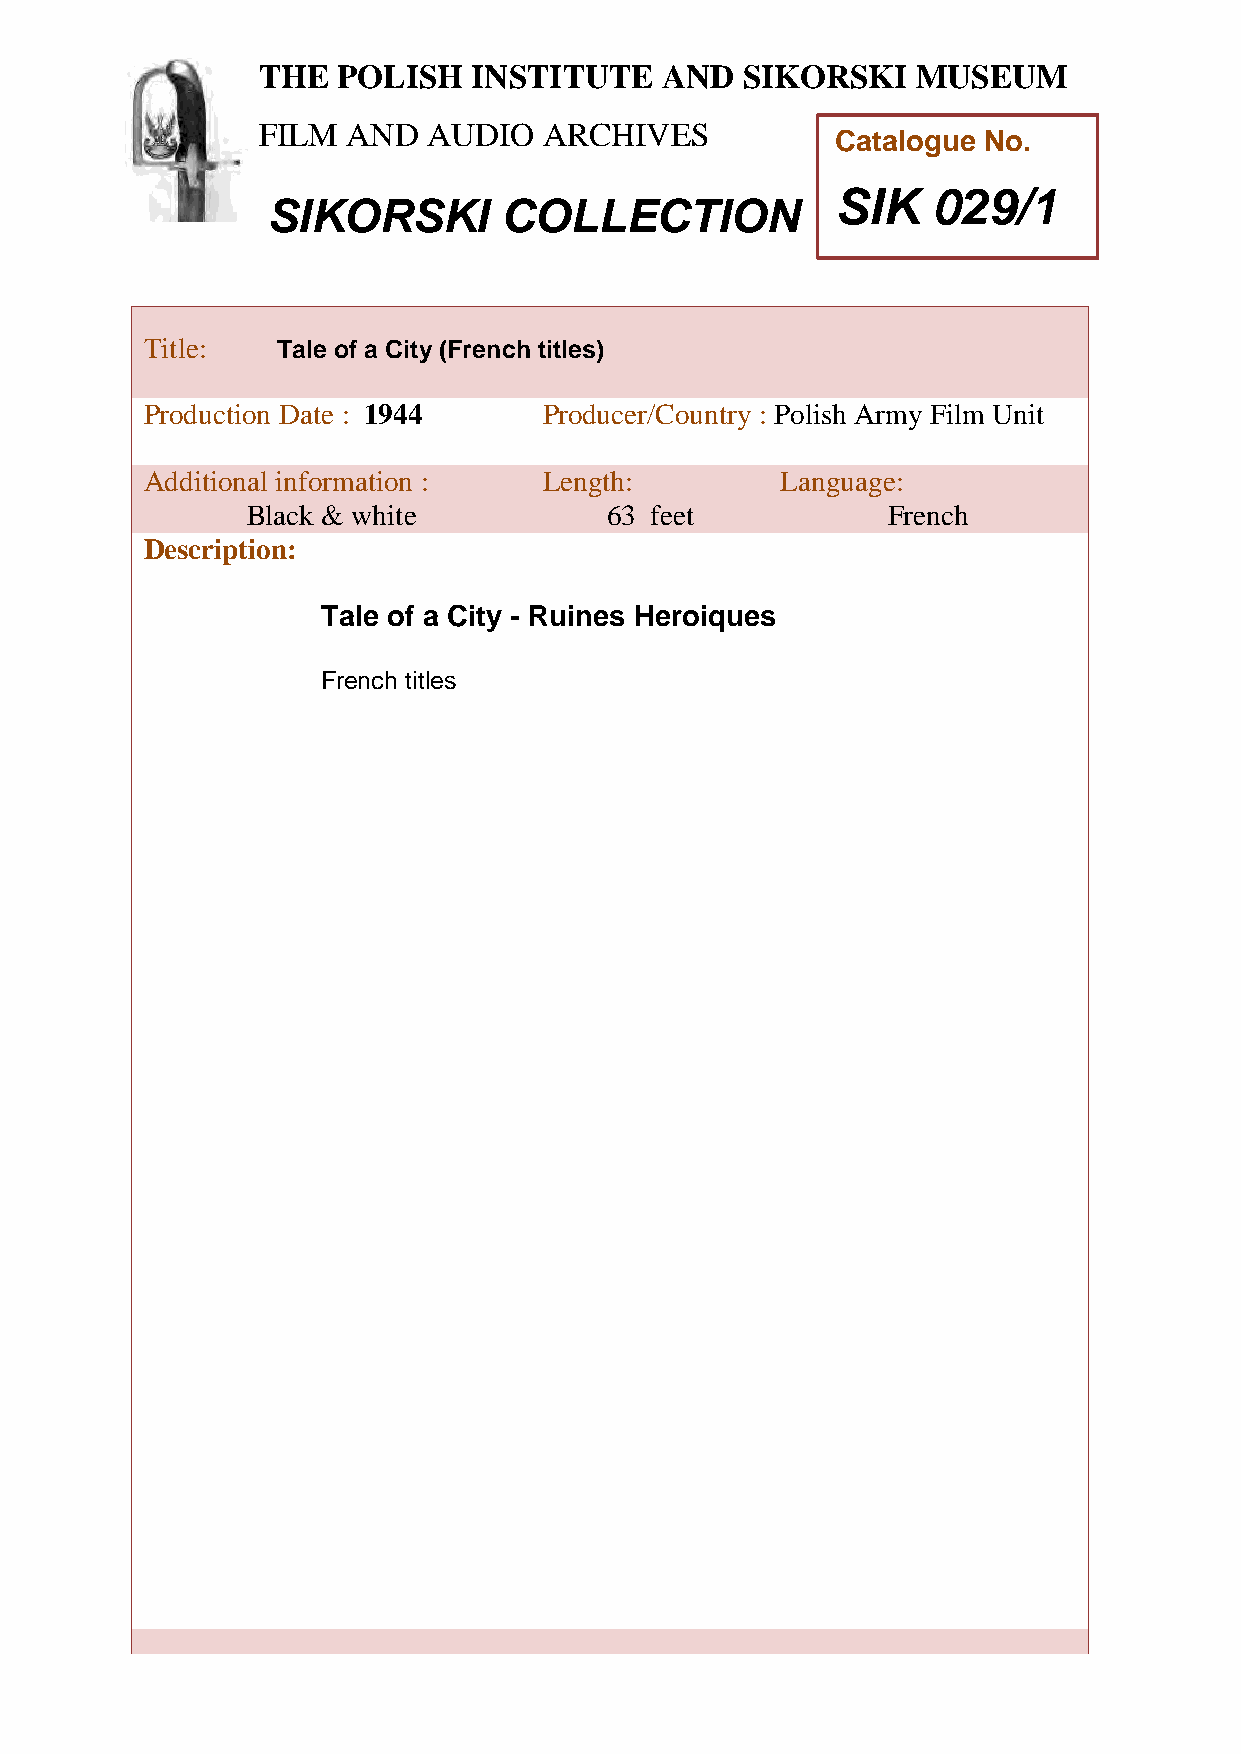
THE  POLISH   INSTITUTE    AND  SIKORSKI    MUSEUM
 FILM  AND  AUDIO   ARCHIVES
 Catalogue No.
 SIK    029/1
 SIKORSKI       COLLECTION
 TTitle:     Tale of a City (French titles)
 h
 Peroduction Date : 1944    Producer/Country : Polish Army Film Unit
 P
 Additional information :   Length:         Language:
 o
 Black & white           63 feet            French
 l
 i
 Description:
 s
 h
 Ta le of a City - Ruines Heroiques
 I
 n
 French titles
 s
 t
 i
 t
 u
 t
 e
 a
 n
 d
 S
 i
 k
 o
 r
 s
 k
 i
 M
 u
 s
 e
 u
 m